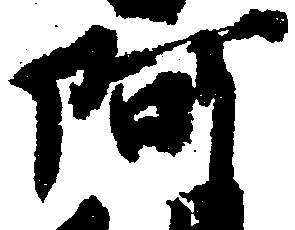
阿